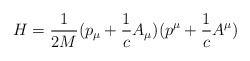
\begin{align*}H=\frac{1}{2M}(p_{\mu}+\frac{1}{c}A_{\mu})(p^{\mu}+\frac{1}{c}A^{\mu})\end{align*}